Medical and sanitary report of the native army of Madras for the year
Year: 1875
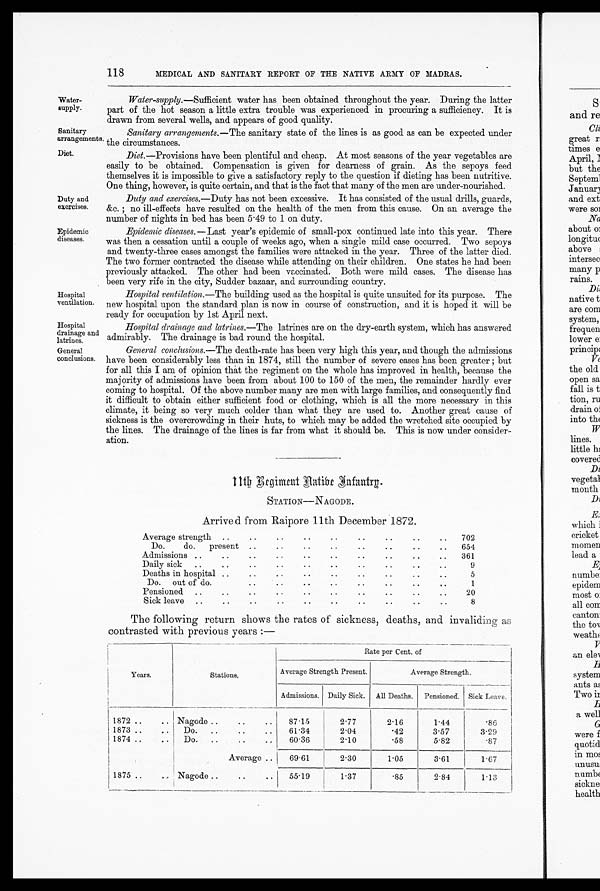
118
MEDICAL AND SANITARY REPORT OF THE NATIVE ARMY OF MADRAS.
Water-
supply.
Water-supply .--Sufficient water has been obtained throughout the year. During the latter
part of the hot season a little extra trouble was experienced in procuring a sufficiency. It is
drawn from several wells, and appears of good quality.
Sanitary
arrangements.
Sanitary arrangements.— The sanitary state of the lines is as good as can be expected under
the circumstances.
Diet
Diet.—Provisions have been plentiful and cheap. At most seasons of the year vegetables are
easily to be obtained. Compensation is given for dearness of grain. As the sepoys feed
themselves it is impossible to give a satisfactory reply to the question if dieting has been nutritive.
One thing, however, is quite certain, and that is the fact that many of the men are under-nourished.
Duty and
exercises.
Duty and exercises.—Duty has not been excessive. It has consisted of the usual drills, guards,
; & c . n o i l l - e f f e c t s h a v e r e s u l t e d o n t h e h e a l t h o f t h e m e n f r o m t h i s c a u s e . O n a n a v e r a g e t h e
number of nights in bed has been 5 .49 to 1 on duty.
Epidemic
diseases.
Epidemic diseases.— Last year's epidemic of small-pox continued late into this year. There
was then a cessation until a couple of weeks ago, when a single mild case occurred. Two sepoys
and twenty-three cases amongst the families were attacked in the year. Three of the latter died.
The two former contracted the disease while attending on their children. One states he had been
previously attacked. The other had been vaccinated. Both were mild cases. The disease has
been very rife in the city, Sudder bazaar, and surrounding country.
Hospital
ventilation.
Hospital ventilation.—The building used as the hospital is quite unsuited for its purpose. The
new hospital upon the standard plan is now in course of construction, and it is hoped it will be
ready for occupation by 1st April next.
Hospital
drainage and
latrines.
Hospital drainage and latrines.— The latrines are on the dry-earth system, which has answered
admirably. The drainage is bad round the hospital.
General.
conclusions
General conclusions.— The death-rate has been very high this year, and though the admissions
have been considerably less than in 1874, still the number of severe cases has been greater ; but
for all this I am of opinion that the regiment on the whole has improved in health, because the
majority of admissions have been from about 100 to 150 of the men, the remainder hardly ever
coming to hospital. Of the above number many are men with large families, and consequently find
it difficult to obtain either sufficient food or clothing, which is all the more necessary in this
climate, it being so very much colder than what they are used to. Another great cause of
sickness is the overcrowding in their huts, to which may be added the wretched site occupied by
the lines. The drainage of the lines is far from what it should be. This is now under consider-
ation.
1 1 t h R e g i m e n t H a t i b e I n f a n t r y .
STATION—NAGODE.
Arrive d from Raipore 11th December 1872.
Average strengt
Do.
do.
present
.. ..
.
..
..
. .
..
. .
. .
. .
..
. .
..
..
..
..
702
054
Admissions ....
..
..
. .
. .
. .
..
..
3 6 1
Daily sick..
.. ..
..
. .
. .
. .
. .
. .
9
Deaths in hospital .
. .
. .
. .
. .
. .
. .
..
5
Do. out of do.
..
..
..
..
..
..
. ..
1
Pensioned
....
• .
. .
. .
. .
..
. .
. .
20
Sick leave ... .
. .
. .
. .
. .
. .
. .
. .
8
The following return shows the rates of sickness, deaths, and invaliding as
contrasted with previous years :—
Years.
S t a t i o n s .
Rate per Cent. of
Average Strength Present.
.
Average Strength.
Admissions. Daily Sick. All Deaths. Pensioned. Sick Leave.
1872 ..
.. Nagode . .
..
..
87.1.5
2 .77
2 . 1 6
1.44
. 8 6
1873 ..
• •
Do.
..
..
..
61.34
2.04
• 42
3.57
3 . 2 9
1874 ..
..
Do.
..
..
.
6 0 . 3 6
2.10
. 5 8
5.82
. 8 7
Average
69.01
2.30
1.05
3.61
1 . 6 7
1875 . . . .
Nagode .. ..
..
55.19
1.37
.85
2.84
1 . 1 3